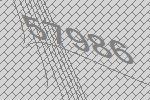
57986